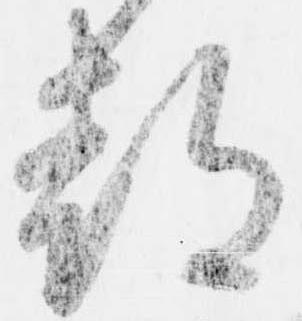
都